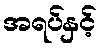
အရပ်နှင့်